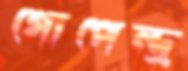
গোপেন্দ্র